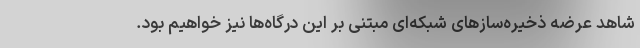
شاهد عرضه ذخیره‌سازهای شبکه‌ایِ مبتنی بر این درگاه‌ها نیز خواهیم بود.